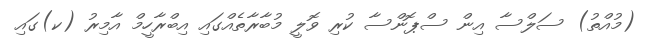
(މުއްތު) ސަލްސާ އިން ސްޕޮންސާ ކުރި ވޮލީ މުބާރާތެއްގައި އިބްރާހީމް އާމިރު (ކ)ގައި